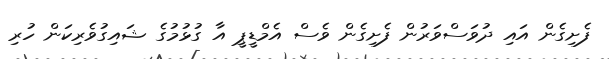
ފެށިގެން އައި ދުވަސްވަރުން ފެށިގެން ވެސް އެމްޑީޕީ އާ ގުޅުމުގެ ޝައިގުވެރިކަން ހުރި